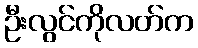
ဦးလွင်ကိုလတ်က